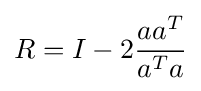
R=I-2{\frac {aa^{T}}{a^{T}a}}